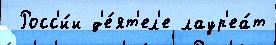
 Росс'и́и д'е́ят'ел'е лаур'еа́т